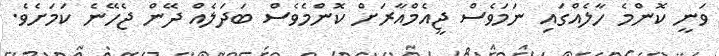
ވަނީ ކޮންމެ ހާލެއްގައި ނަމަވެސް ޖީއެމްއާރަށް ކޮންމެވެސް ބަދަލެއް ދޭން ޖެހޭނެ ކަމަށެވެ.